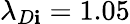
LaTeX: \lambda_{D\mathbf{i}}=1.05